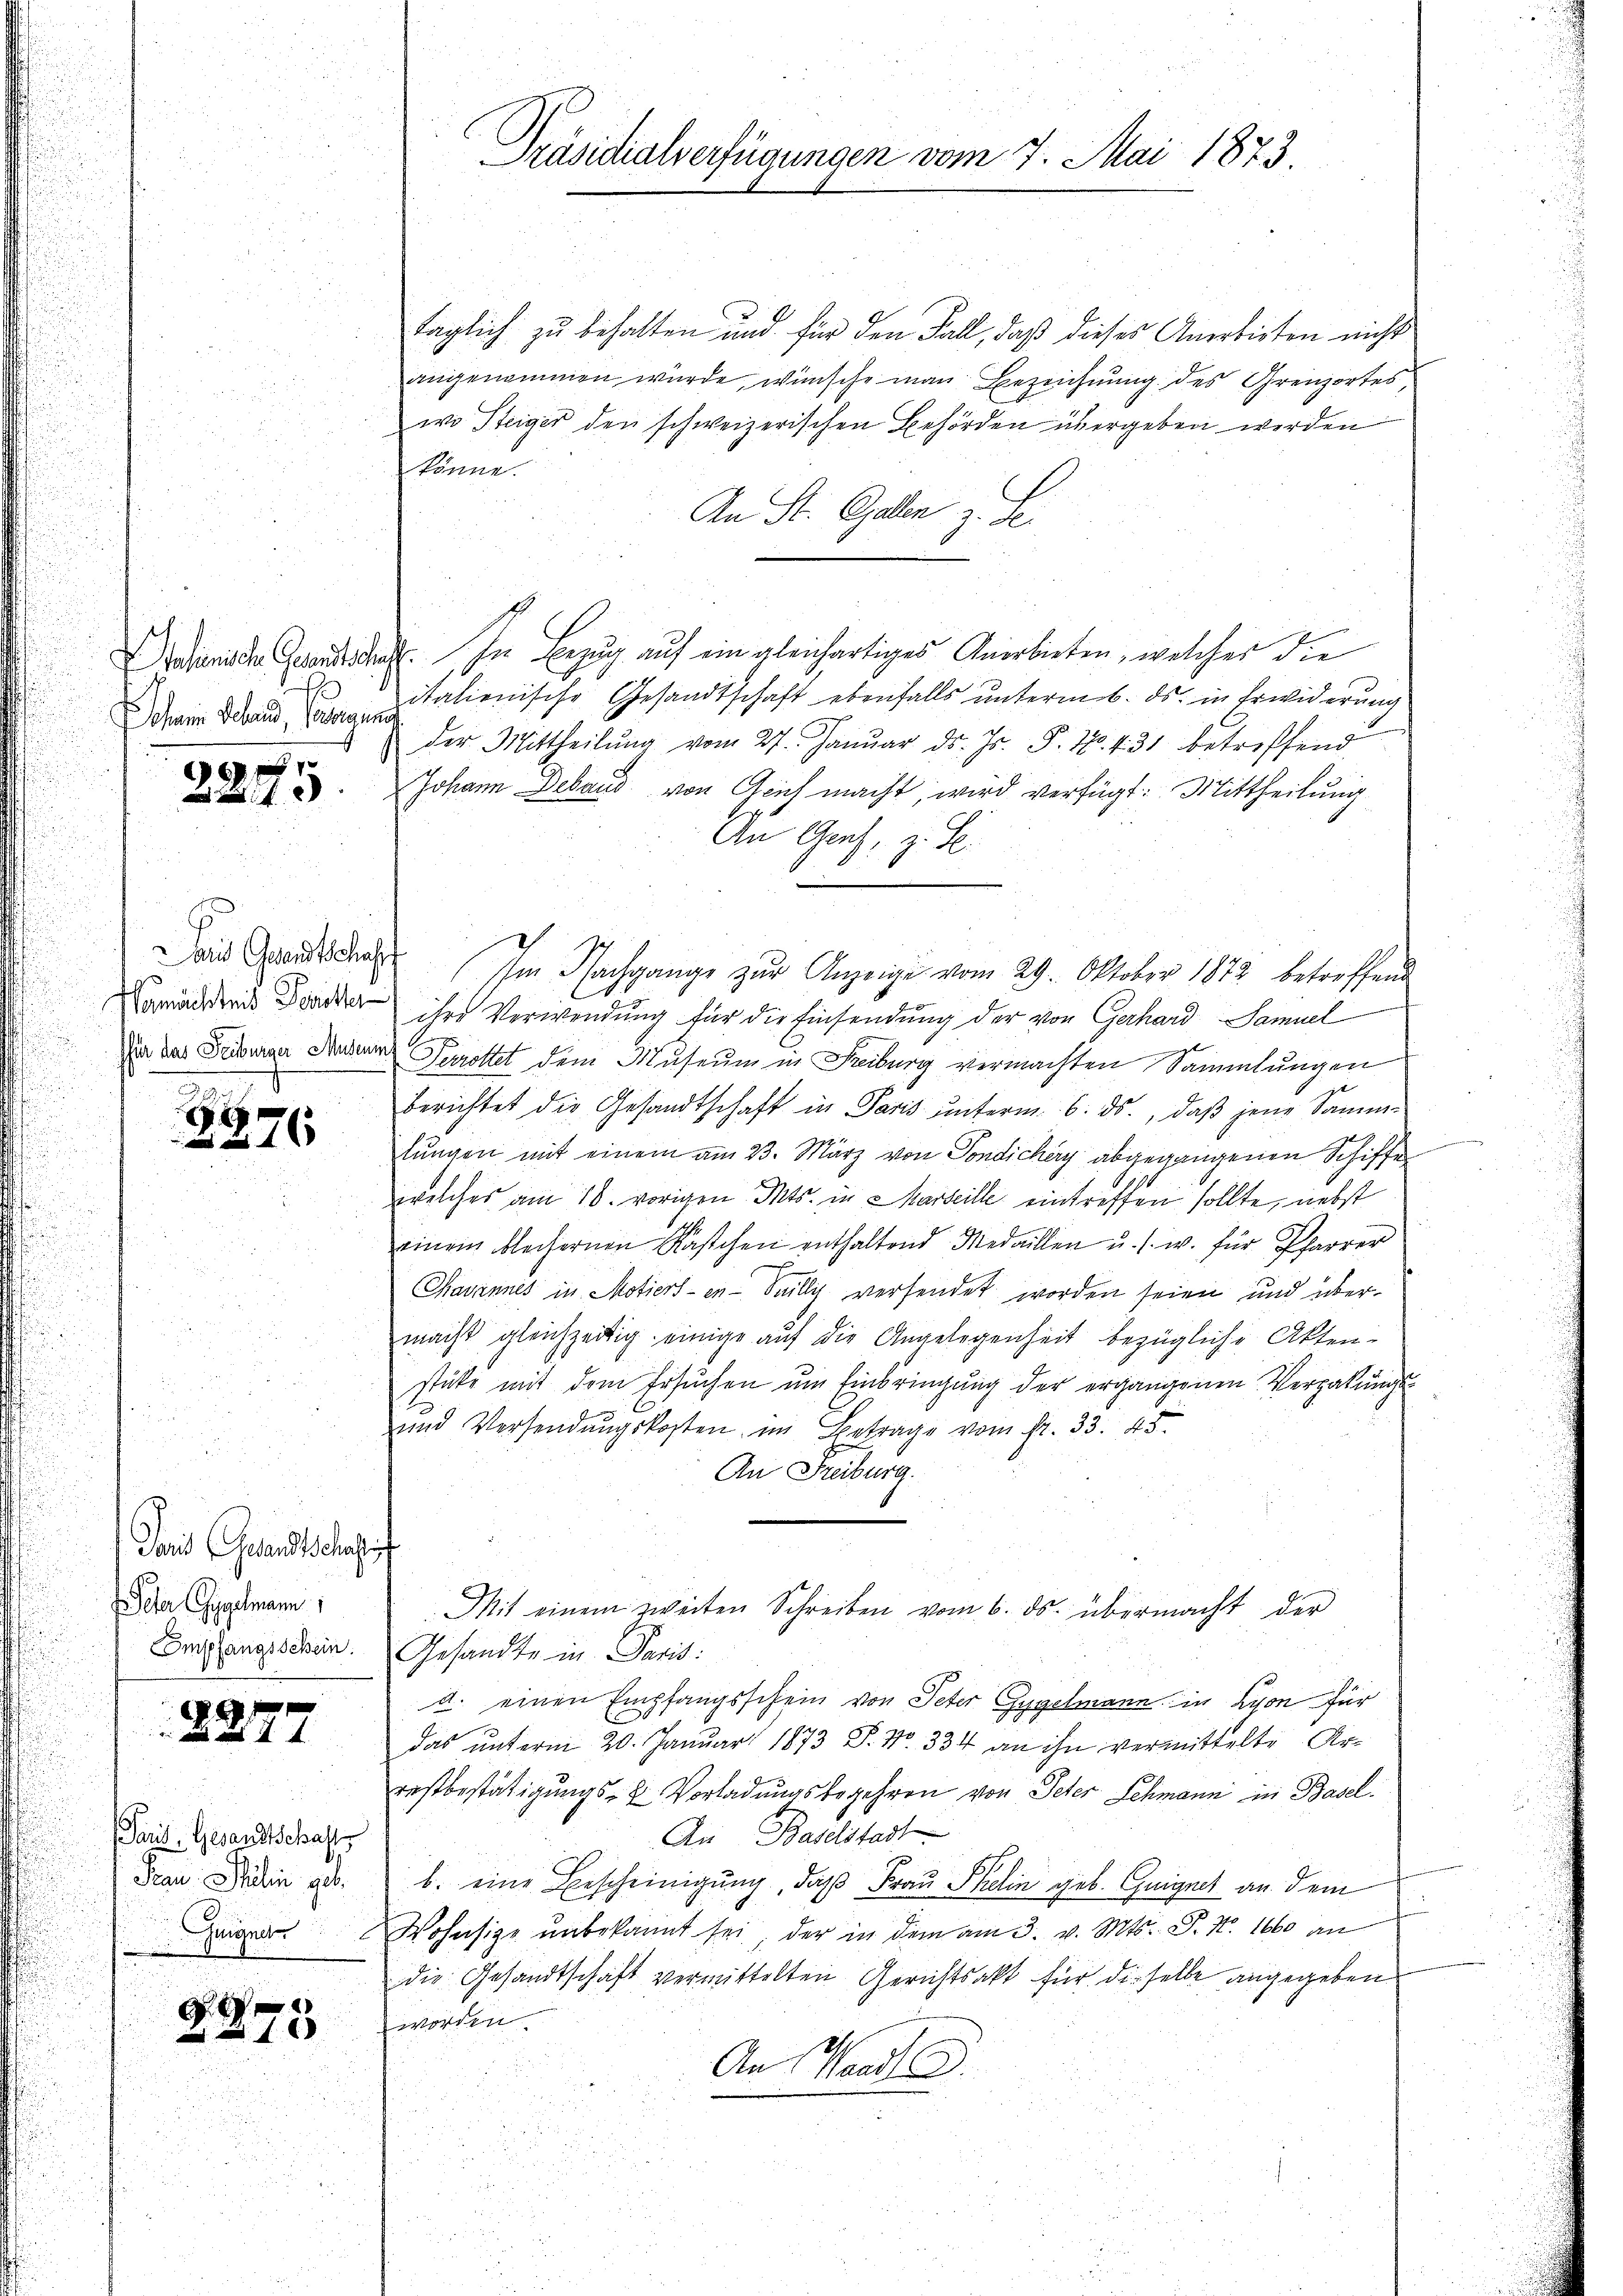
Schan Behand, Georgung

325

Das Gesandtschaf
ermächteit Ferietter

Jans Gesandtschaf
eter Gygelmann
Empfangsschein.

)
2

24 x

1277

Paris, Gesandtschaft
Frau Stälin geb.
Zuigne

d
1 xx

870
2

taglich zu behalten und für den Fall, daß dieses Anerbieten nicht
angenommen wurde, wünsche man Bezeichnung des Grenzortes,
wo Steiger den schweizerischen Behörden übergeben werden
könne.
An St. Galen z. Se.
diens der Grandidat. In Bezug auf ein gleichartiges Anerbieten, welcher die
italienische Gesandtschaft ebenfalls unterm 6. ds. in Erwiderung
der Mittheilŭng vom 27. Januar d. Js. S. 10. 431 betreffend
Johann Debaus von Aeich macht, wird verfügt: Mittheilung
An Graz, z. B.
Im Nachgange zŭr Anzeige vom 29. Oktober 1872 betreffend
ihre Verwendung für die Einsendung der von Gerhard Samuel
Dan das Feiburger Sachen Terrottet dem Museum in Freiburg vermachten Sammlungen
berichtet die Gesandtschaft in Paris unterm 6. ds., daß jene Samm-
lungen mit einem am 23. März von Sondichery abgegangenen Schiffe
welches am 18. vorigen Mts. in Marseille eintreffen sollte, nebst
einem bleihernen Kastchen enthaltend Medaillen u. s. w. für Pfarrer
Chavannes in Motierten- Saillig versendet worden seien und übermacht gleichzeitig einige auf die Angelegenheit bezügliche Akten-
stüke mit dem Ersuchen um Einbringung der ergangenen Vergabungs¬
und Versendungskosten im Betrage vom fr. 33. 45.
An Freiburg.
Mit einem zweiten Schreiben vom 6. ds. übermacht der
Gesandte in Paris.
2. einen Empfangsschein von Peter Gygelmann in Lyon für
das unterm 20. Januar 1873 P. Nr. 334 an ihn vermittelte Arrestbestätigungs- u Vorladungsbegehren von Peter Schmann in Basel.
An Baselstadt
b. eine Bescheinigung, daß Frau Skelin geb. Guignet an dem
Wohnsize unbekannt sei der in dem am 3. v. Mts. S. Nr. 1660 an
die Gesandtschaft vermittelten Gerichtsakt für dieselbe angegeben
worden.
An Waadt

Präsidialverfügungen vom 7. Mai 1873